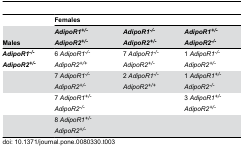
<table><thead><tr><td></td><td colspan="3"><b>Females</b></td></tr><tr><td><b>Males</b></td><td><b><i>AdipoR1<sup>+/-</sup>AdipoR2<sup>+/-</sup></i></b></td><td><b><i>AdipoR1<sup>-/-</sup>AdipoR2<sup>+/-</sup></i></b></td><td><b><i>AdipoR1<sup>+/-</sup>AdipoR2<sup>-/-</sup></i></b></td></tr></thead><tbody><tr><td><b><i>AdipoR1<sup>-/-</sup>AdipoR2<sup>+/-</sup></i></b></td><td>6 <i>AdipoR1</i><sup><i>-/-</i></sup><i>AdipoR2</i><sup><i>+/+</i></sup></td><td>7 <i>AdipoR1</i><sup><i>-/-</i></sup><i>AdipoR2</i><sup><i>+/-</i></sup></td><td>1 <i>AdipoR1</i><sup><i>-/-</i></sup><i>AdipoR2</i><sup><i>+/-</i></sup></td></tr><tr><td></td><td>7 <i>AdipoR1</i><sup><i>-/-</i></sup><i>AdipoR2</i><sup><i>+/-</i></sup></td><td>2 <i>AdipoR1</i><sup><i>-/-</i></sup><i>AdipoR2</i><sup><i>+/+</i></sup></td><td>1 <i>AdipoR1</i><sup><i>+/-</i></sup><i>AdipoR2</i><sup><i>-/-</i></sup></td></tr><tr><td></td><td>7 <i>AdipoR1</i><sup><i>+/-</i></sup><i>AdipoR2</i><sup><i>-/-</i></sup></td><td></td><td>3 <i>AdipoR1</i><sup><i>+/-</i></sup><i>AdipoR2</i><sup><i>+/-</i></sup></td></tr><tr><td></td><td>8 <i>AdipoR1</i><sup><i>+/-</i></sup><i>AdipoR2</i><sup><i>+/-</i></sup></td><td></td><td></td></tr></tbody></table>